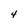
Character: 4